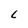
Character: L